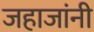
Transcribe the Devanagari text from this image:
जहाजांनी